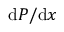
\mathrm { d } P / \mathrm { d } x